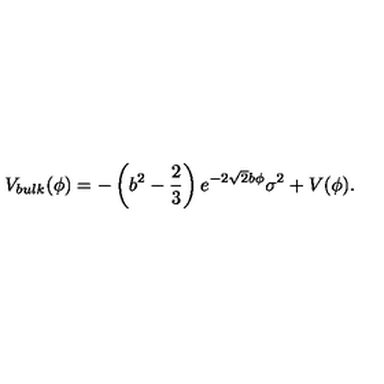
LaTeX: V _ { b u l k } ( \phi ) = - \left( b ^ { 2 } - \frac { 2 } { 3 } \right) e ^ { - 2 \sqrt { 2 } b \phi } \sigma ^ { 2 } + V ( \phi ) .